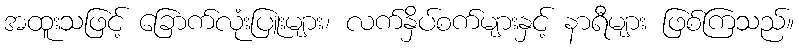
အထူးသဖြင့် ခြောက်လုံးပြူးများ၊ လက်နှိပ်စက်များနှင့် နာရီများ ဖြစ်ကြသည်။